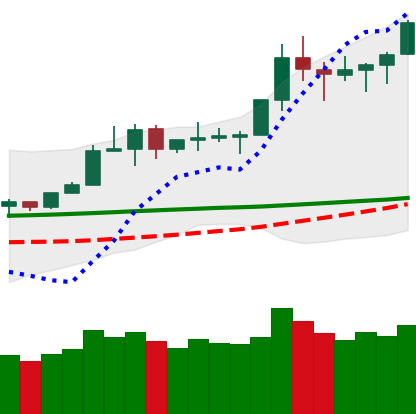
Ticker: TRX-USD
Chart end date: 2020-02-12
Forward return: -9.523%
Label: down_7plus